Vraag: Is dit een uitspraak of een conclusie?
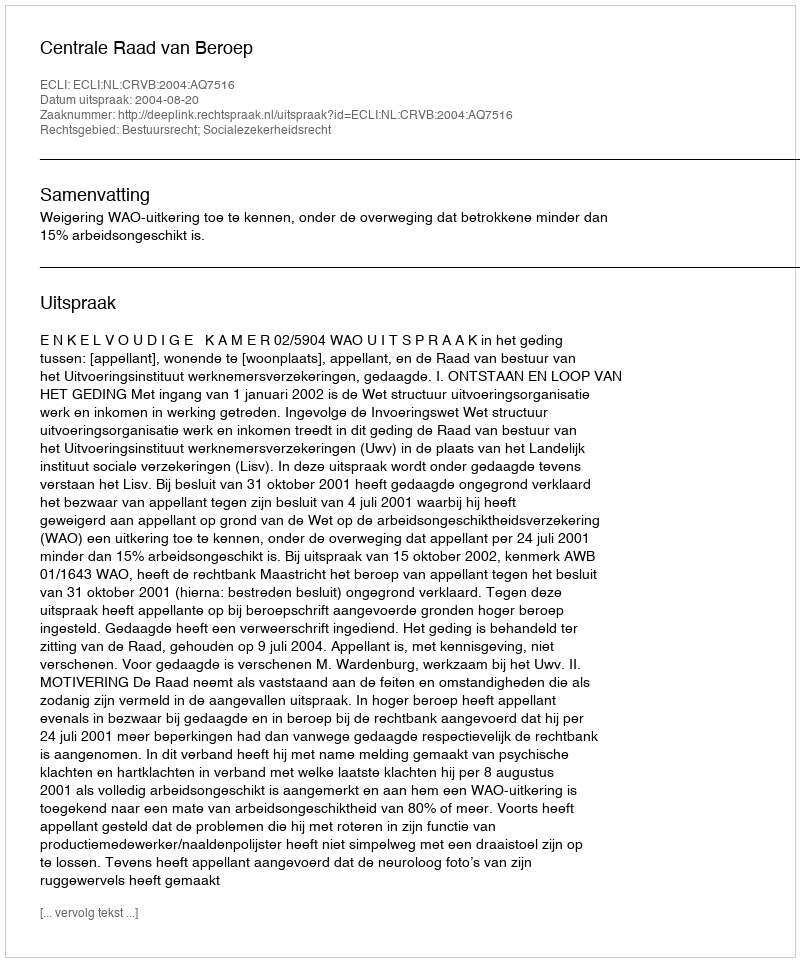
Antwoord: Uitspraak